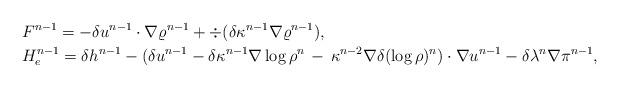
LaTeX: \begin{align*}& F ^{n-1}= -\delta u^{n-1}\cdot\nabla\varrho^{n-1} +\div(\delta\kappa^{n-1} \nabla\varrho^{n-1}),\\& H_e^{n-1}=\delta h^{n-1} -(\delta u^{n-1} -\delta\kappa^{n-1}\nabla\log\rho^n \, -\, \kappa^{n-2} \nabla \delta(\log\rho)^n )\cdot\nabla u^{n-1} - \delta\lambda^{n } \nabla\pi^{n-1},\end{align*}